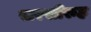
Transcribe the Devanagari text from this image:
सरसीरुह